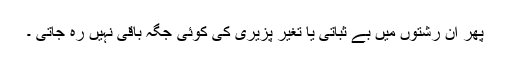
پھر ان رشتوں میں بے ثباتی یا تغیر پزیری کی کوئی جگہ باقی نہیں رہ جاتی ۔